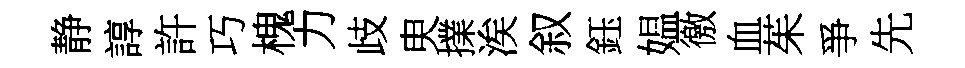
静諄許巧槐力歧㬰擈涘叙鈺媪徼血茱爭先